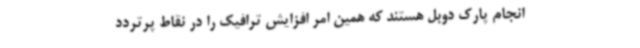
انجام پارک دوبل هستند که همین امر افزایش ترافیک را در نقاط پرتردد